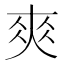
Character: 𡙁